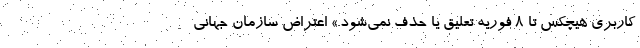
کاربری هیچکس تا ۸ فوریه تعلیق یا حذف نمی‌شود.» اعتراض سازمان جهانی